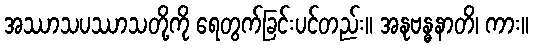
အဿာသပဿာသတို့ကို ရေတွက်ခြင်းပင်တည်း။ အနုဗန္ဓနာတိ၊ ကား။